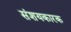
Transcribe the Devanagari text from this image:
संशयकारक